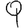
Digit: 9